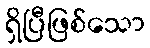
ရှိပြီဖြစ်သော